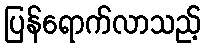
ပြန်ရောက်လာသည့်